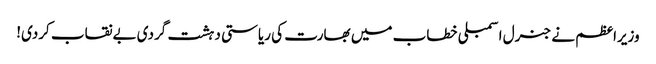
وزیراعظم نے جنرل اسمبلی خطاب میں بھارت کی ریاستی دہشت گردی بےنقاب کردی!